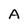
Character: A